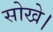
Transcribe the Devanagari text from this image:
सोखे।